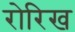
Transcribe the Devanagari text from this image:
रोरिख